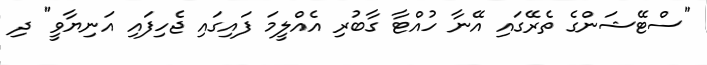
"ސްޓޭޝަންގެ ތެރޭގައި އޭނާ ހުއްޓާ ގާބުރި އެއްލީމަ ފައިގައި ޖެހިފައި އަނިޔާވީ" ދި